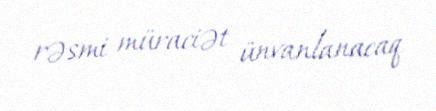
rəsmi müraciət ünvanlanacaq.